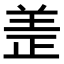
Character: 𫅏